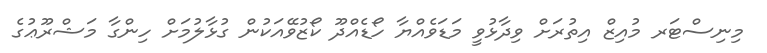
މިނިސްޓަރ މުއިޒް އިތުރަށް ވިދާޅުވީ މަޑަވެއްޔާ ހޯޑެއްދޫ ކޯޒުވޭއަކުން ގުޅާލުމަށް ހިންގާ މަޝްރޫޢުގެ